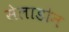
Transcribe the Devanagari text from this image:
सेलाडोन